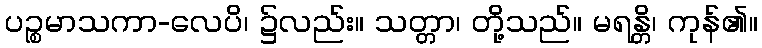
ပဉ္စမာသကာ-လေပိ၊ ၌လည်း။ သတ္တာ၊ တို့သည်။ မရန္တိ၊ ကုန်၏။